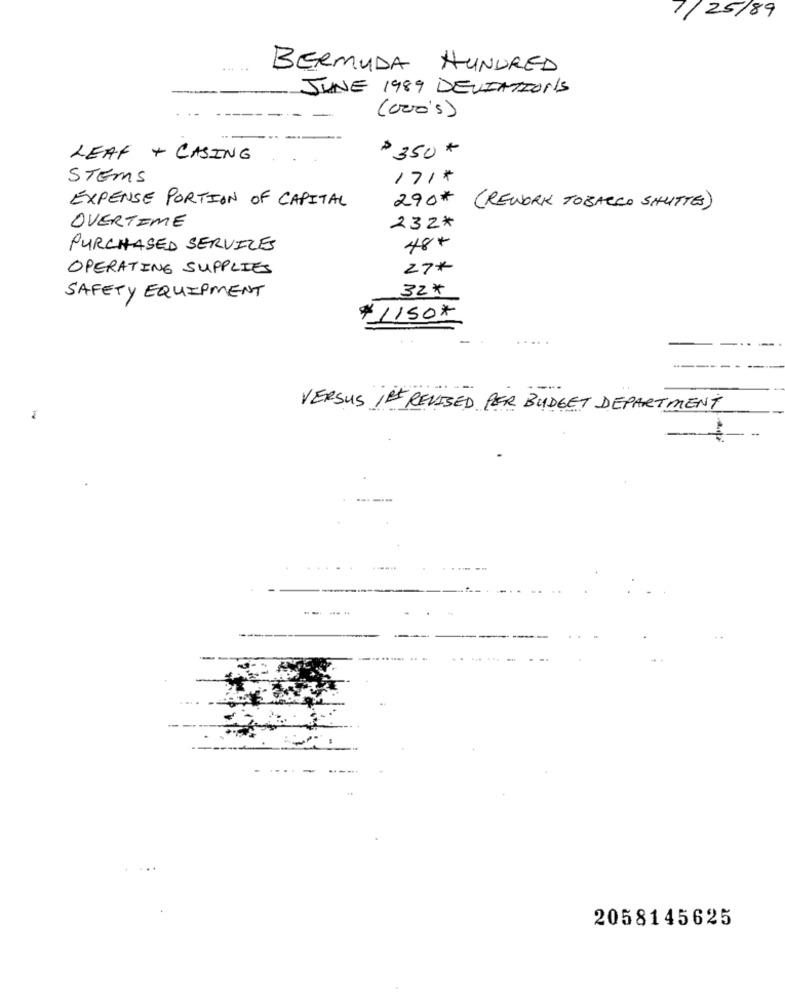
1/25/89
BERMUDA HUNDRED
JUNE 1989 DEVIATIONS
(cro's)
$350 *
LEAF + CASING
STEMS
171*
EXPENSE PORTION OF CAPITAL
290*
( REWORK TOBACCO SHUTTES)
OVERTIME
232*
PURCHASED SERVICES
48+
OPERATING SUPPLIES
27*
32*
SAFETY EQUIPMENT
$1150*
VERSUS ,ET REVISED PER BUDGET DEPARTMENT
--- -
2058145625